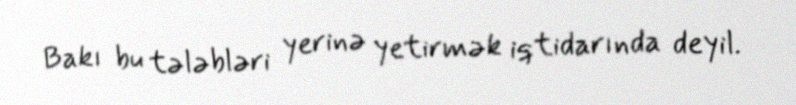
Bakı bu tələbləri yerinə yetirmək iqtidarında deyil.